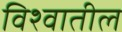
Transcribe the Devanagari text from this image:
विश्‍वातील